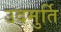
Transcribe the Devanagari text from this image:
उदमुर्ति